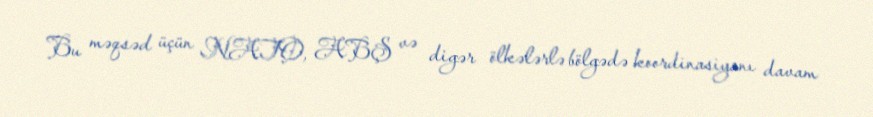
Bu məqsəd üçün NATO, ABŞ və digər ölkələrlə bölgədə koordinasiyanı davam